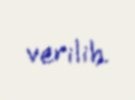
verilib.